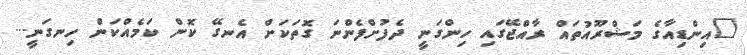
"އިންޑިއާގެ މަޝްރޫއުތައް ރާއްޖޭގައި ހިންގަނީ ދެފުށްފެންނަ ގޮތަކަށް އެނގޭ ކޮން ކަމެއްކަން ހިނގަނީ...